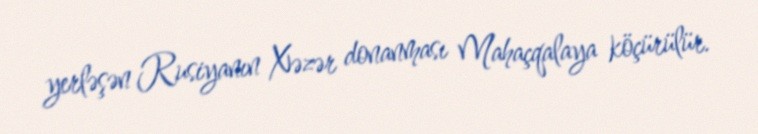
yerləşən Rusiyanın Xəzər donanması Mahaçqalaya köçürülür.